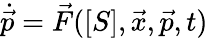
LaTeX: \dot{\vec{p}}=\vec{F}([S],\vec{x},\vec{p},t)